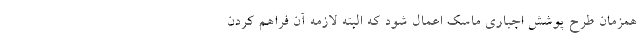
همزمان طرح پوشش اجباری ماسک اعمال شود که البته لازمه آن فراهم کردن